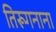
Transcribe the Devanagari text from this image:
तिरूगनाना